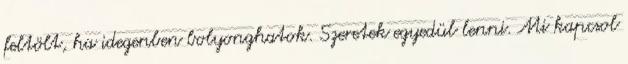
feltölt, ha idegenben bolyonghatok. Szeretek egyedül lenni. Mi kapcsol